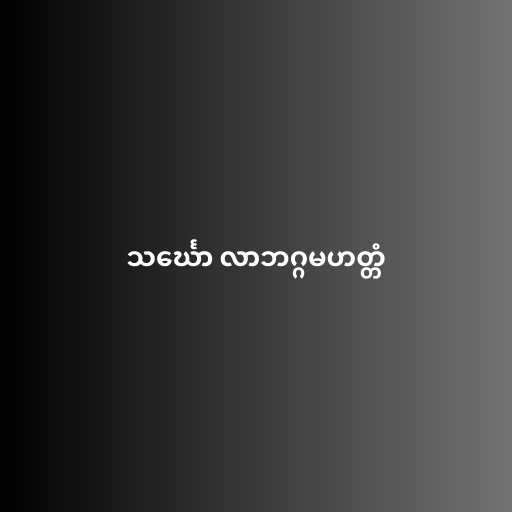
သင်္ဃော လာဘဂ္ဂမဟတ္တံ